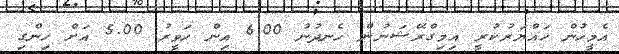
އެމީހުން ހައްޔަރުކުރީ އިމިގްރޭޝަނުން ހެނދުނު 6.00 އިން ހަވީރު 5.00 އަށް ހިންގި